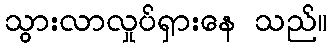
သွားလာလှုပ်ရှားနေ သည်။